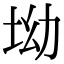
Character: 坳